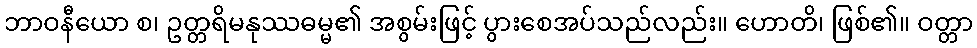
ဘာဝနီယော စ၊ ဥတ္တရိမနုဿဓမ္မ၏ အစွမ်းဖြင့် ပွားစေအပ်သည်လည်း။ ဟောတိ၊ ဖြစ်၏။ ဝတ္တာ